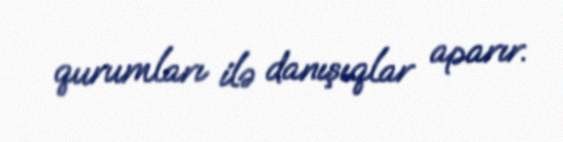
qurumları ilə danışıqlar aparır.